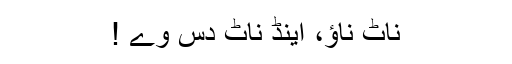
ناٹ ناؤ، اینڈ ناٹ دس وے !